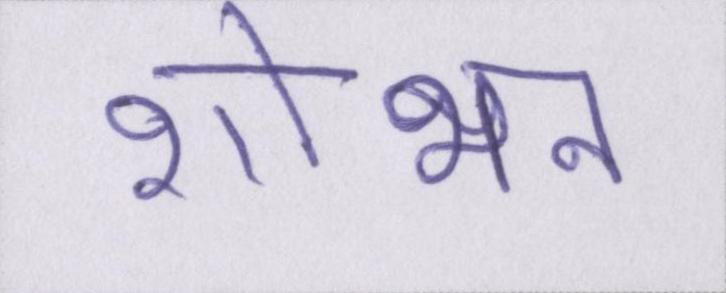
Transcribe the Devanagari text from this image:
शोभन